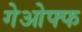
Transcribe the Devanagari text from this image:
गेओफ्फ